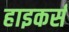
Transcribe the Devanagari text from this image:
हाइकर्स